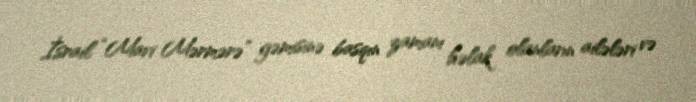
İsrail “Mavi Mərmərə” gəmisinə basqın zamanı həlak olanların ailələri və